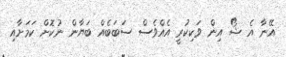
އޭނާ އެ ޝޯ އިން ވަކިކުރީ އެއްވެސް ސަބަބެއް ބަޔާން ނުކޮށް ކަމަށާއި